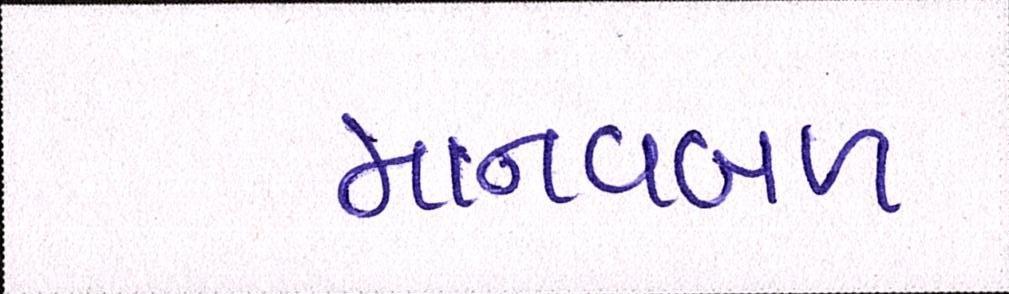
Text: માનવબળ